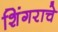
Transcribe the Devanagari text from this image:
शिंगराचे